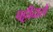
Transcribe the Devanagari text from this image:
पट्टीदारों